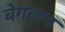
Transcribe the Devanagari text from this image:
बेगवान